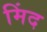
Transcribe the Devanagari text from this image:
मिंद